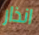
انذار